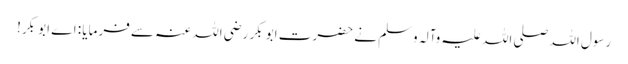
رسول اللہ صلی اللہ علیہ وآلہ وسلم نے حضرت ابو بکر رضی اللہ عنہ سے فرمایا : اے ابو بکر!